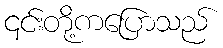
၎င်းတို့ကပြောသည်